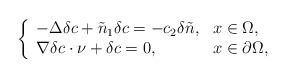
\begin{align*}\left\{\begin{array}{ll}-\Delta \delta c+\tilde{n}_{1}\delta c =-c_{2}\delta\tilde{n}, &x\in\Omega,\\\nabla \delta c\cdot \nu+\delta c=0, &x\in\partial\Omega,\end{array}\right.\end{align*}